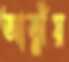
আত্নীয়